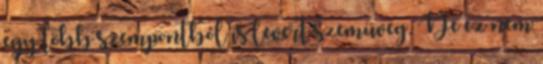
egy több szempontból is levert szemüveg. De ez nem